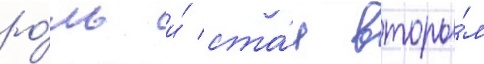
ро́ль и́ ста́л вторы́м